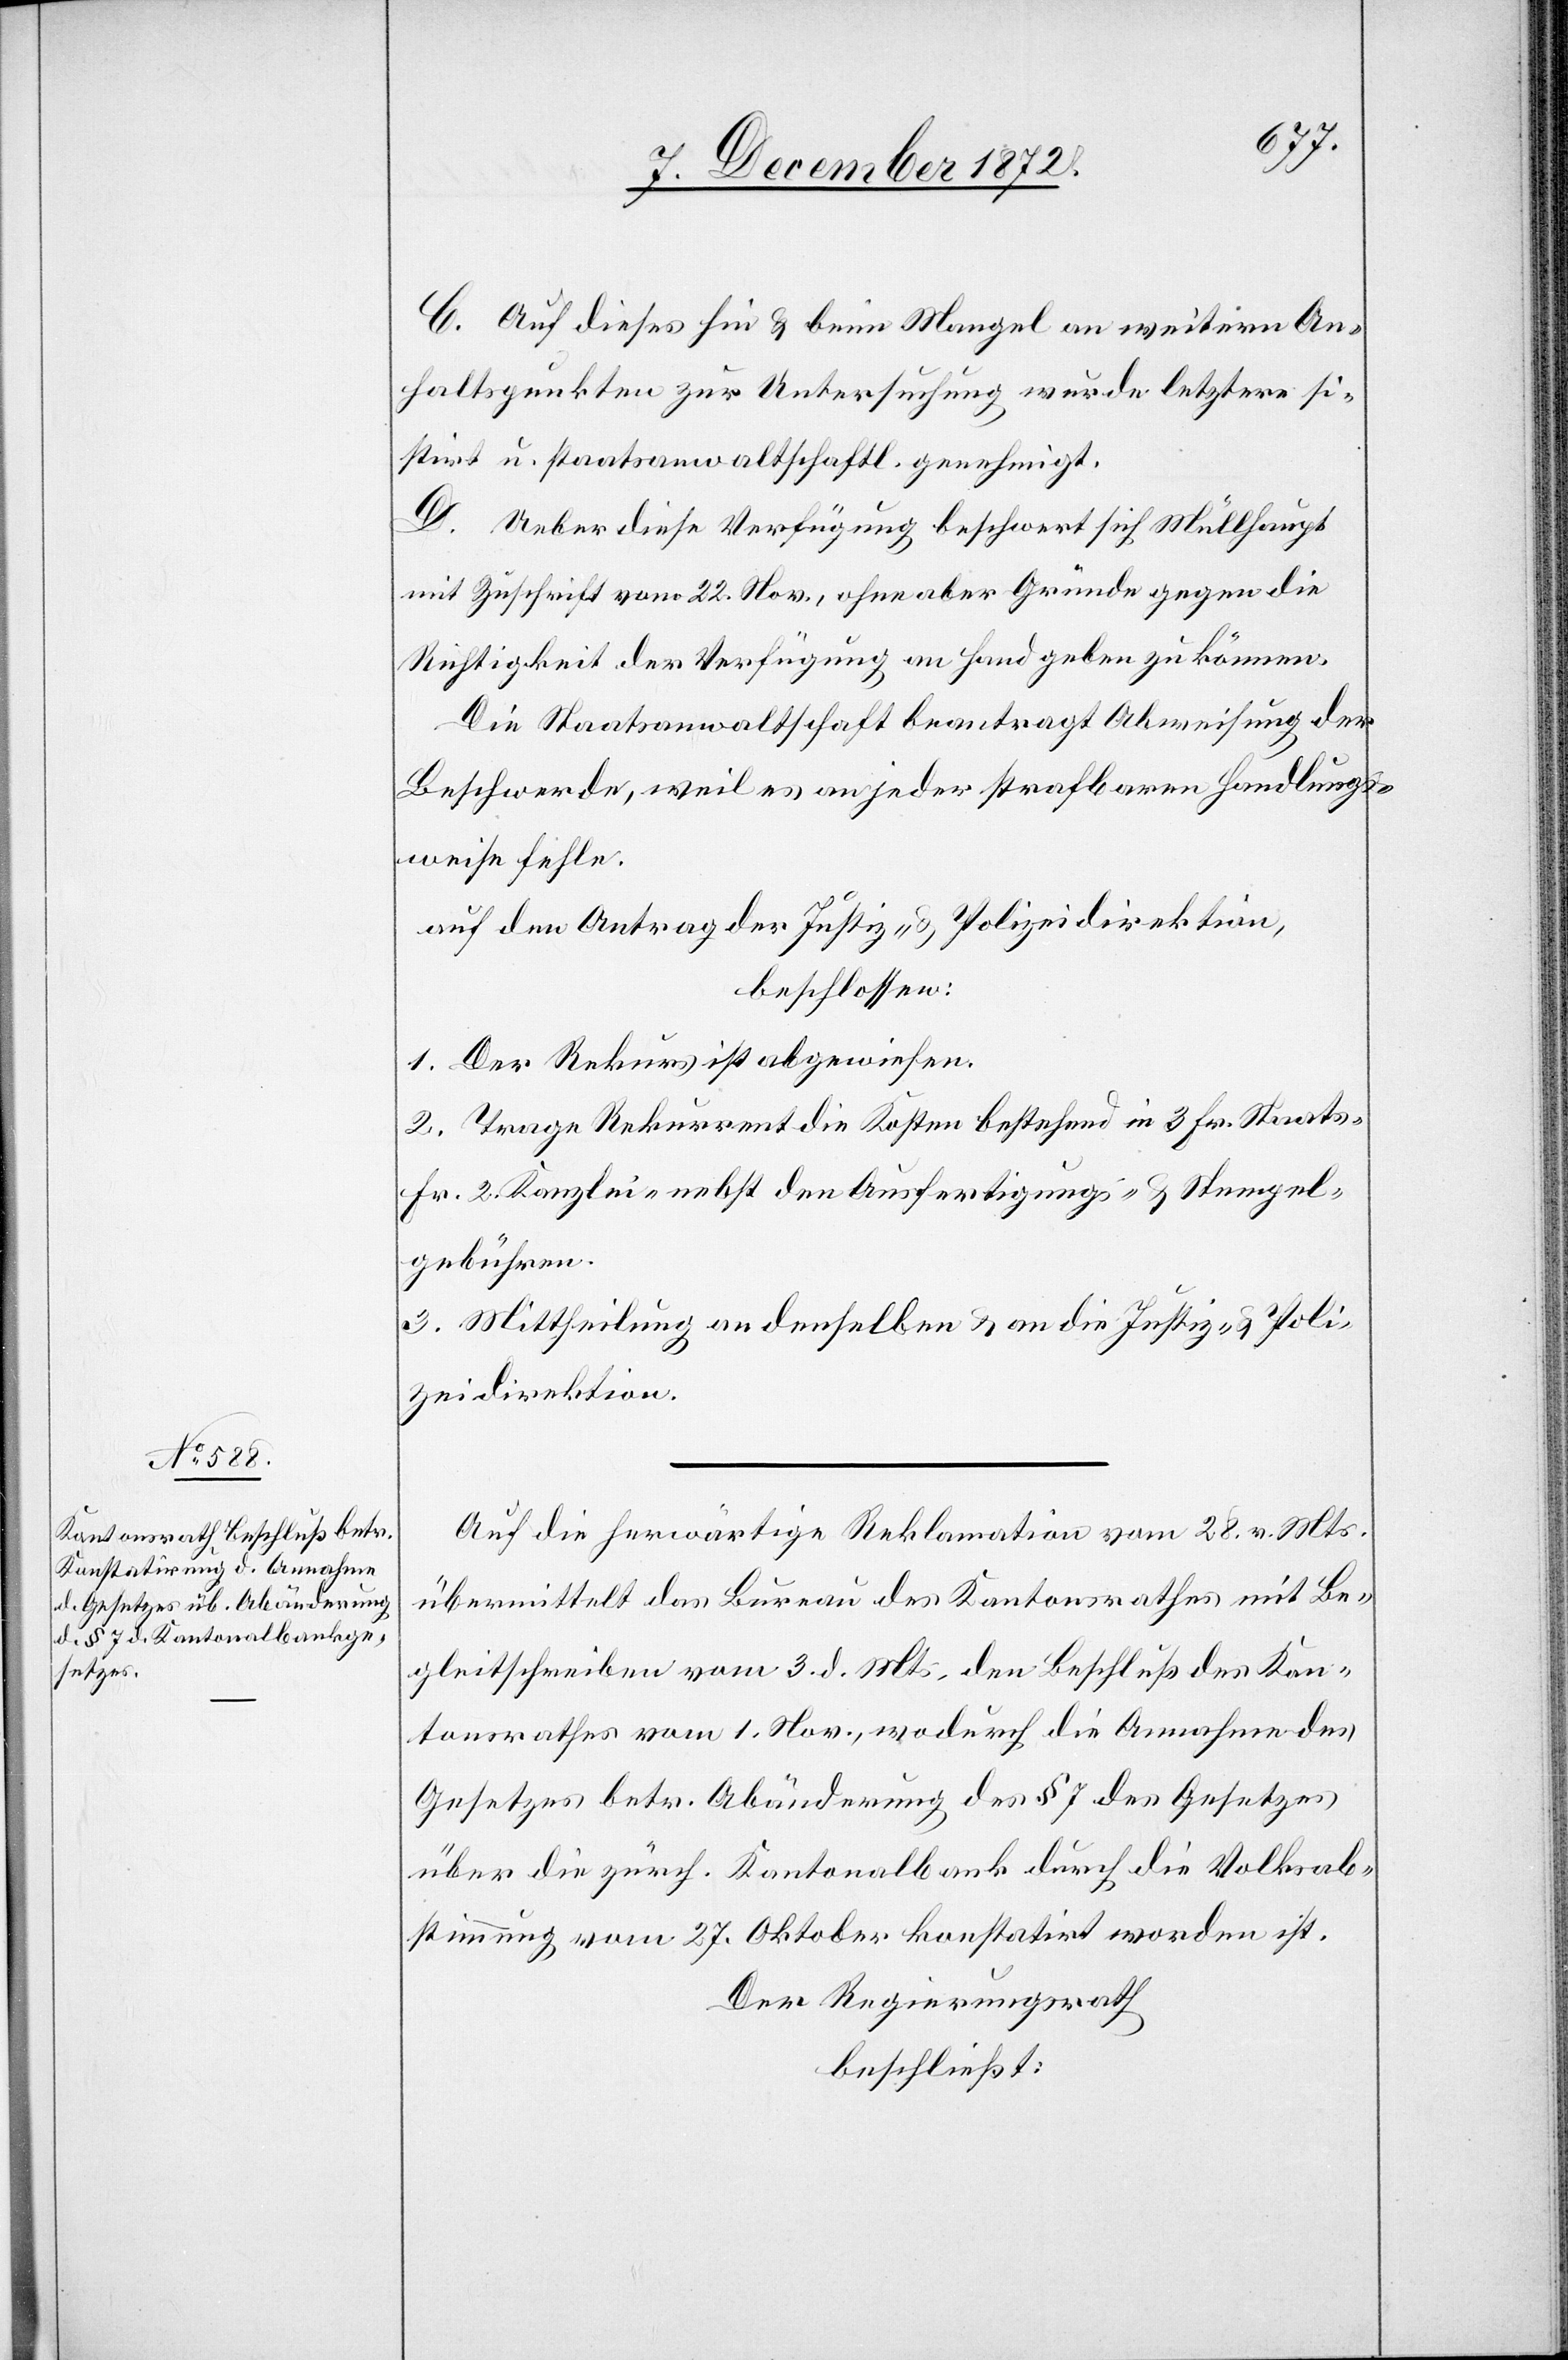
C. Auf dieses hin u. beim Mangel an weitern An¬
haltspunkten zur Untersuchung wurde letztere si¬
stirt u. staatsanwaltschaftl. genehmigt.
D. Ueber diese Verfügung beschwert sich Müllhaupt
mit Zuschrift vom 22. Nov., ohne aber Gründe gegen die
Richtigkeit der Verfügung an Hand geben zu können.
Die Staatsanwaltschaft beantragt Abweisung der
Beschwerde, weil es an jeder strafbaren Handlungs¬
weise fehle.
auf den Antrag der Justiz- u. Polizeidirektion,
beschlossen:
1. Der Rekurs ist abgewiesen.
2. Trage Rekurrent die Kosten bestehend in 3 Fr. Staats-
Fr. 2 Kanzlei- nebst den Ausfertigungs- u. Stempel¬
gebühren.
3. Mittheilung an denselben u. an die Justiz- u. Poli¬
zeidirektion.
Auf die herwärtige Reklamation vom 28. v. Mts.
übermittelt das Bureau des Kantonsrathes mit Be¬
gleitschreiben vom 3. d. Mts. den Beschluß des Kan¬
tonsrathes vom 1. Nov., wodurch die Annahme des
Gesetzes betr. Abänderung des § 7 des Gesetzes
über die zürch. Kantonalbank durch die Volksab¬
stimmung vom 27. Oktober konstatirt worden ist.
Der Regierungsrath
beschließt: